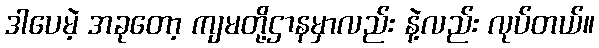
ဒါပေမဲ့ အခုတော့ ကျမတို့ဌာနမှာလည်း နဲ့လည်း လုပ်တယ်။